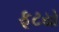
ફૂટયો